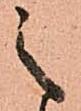
之